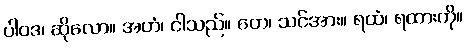
ပါဝဒ၊ ဆိုလော။ အဟံ၊ ငါသည်။ တေ၊ သင်အား။ ရထံ၊ ရထားကို။